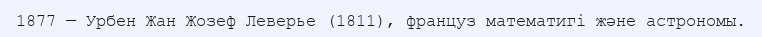
1877 — Урбен Жан Жозеф Леверье (1811), француз математигі және астрономы.